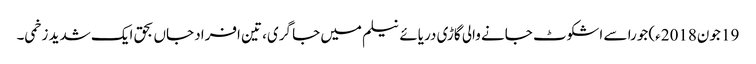
19 جون2018ء) جورا سے اشکوٹ جانے والی گاڑی دریائے نیلم میں جا گری، تین افراد جاں بحق ایک شدید زخمی۔